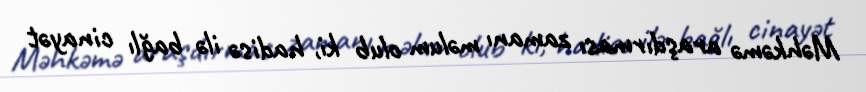
Məhkəmə araşdırması zamanı məlum olub ki, hadisə ilə bağlı cinayət